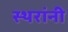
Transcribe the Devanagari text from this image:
स्थरांनी